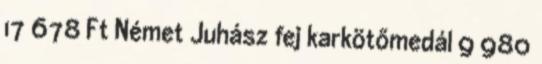
17 678 Ft Német Juhász fej karkötőmedál 9 980